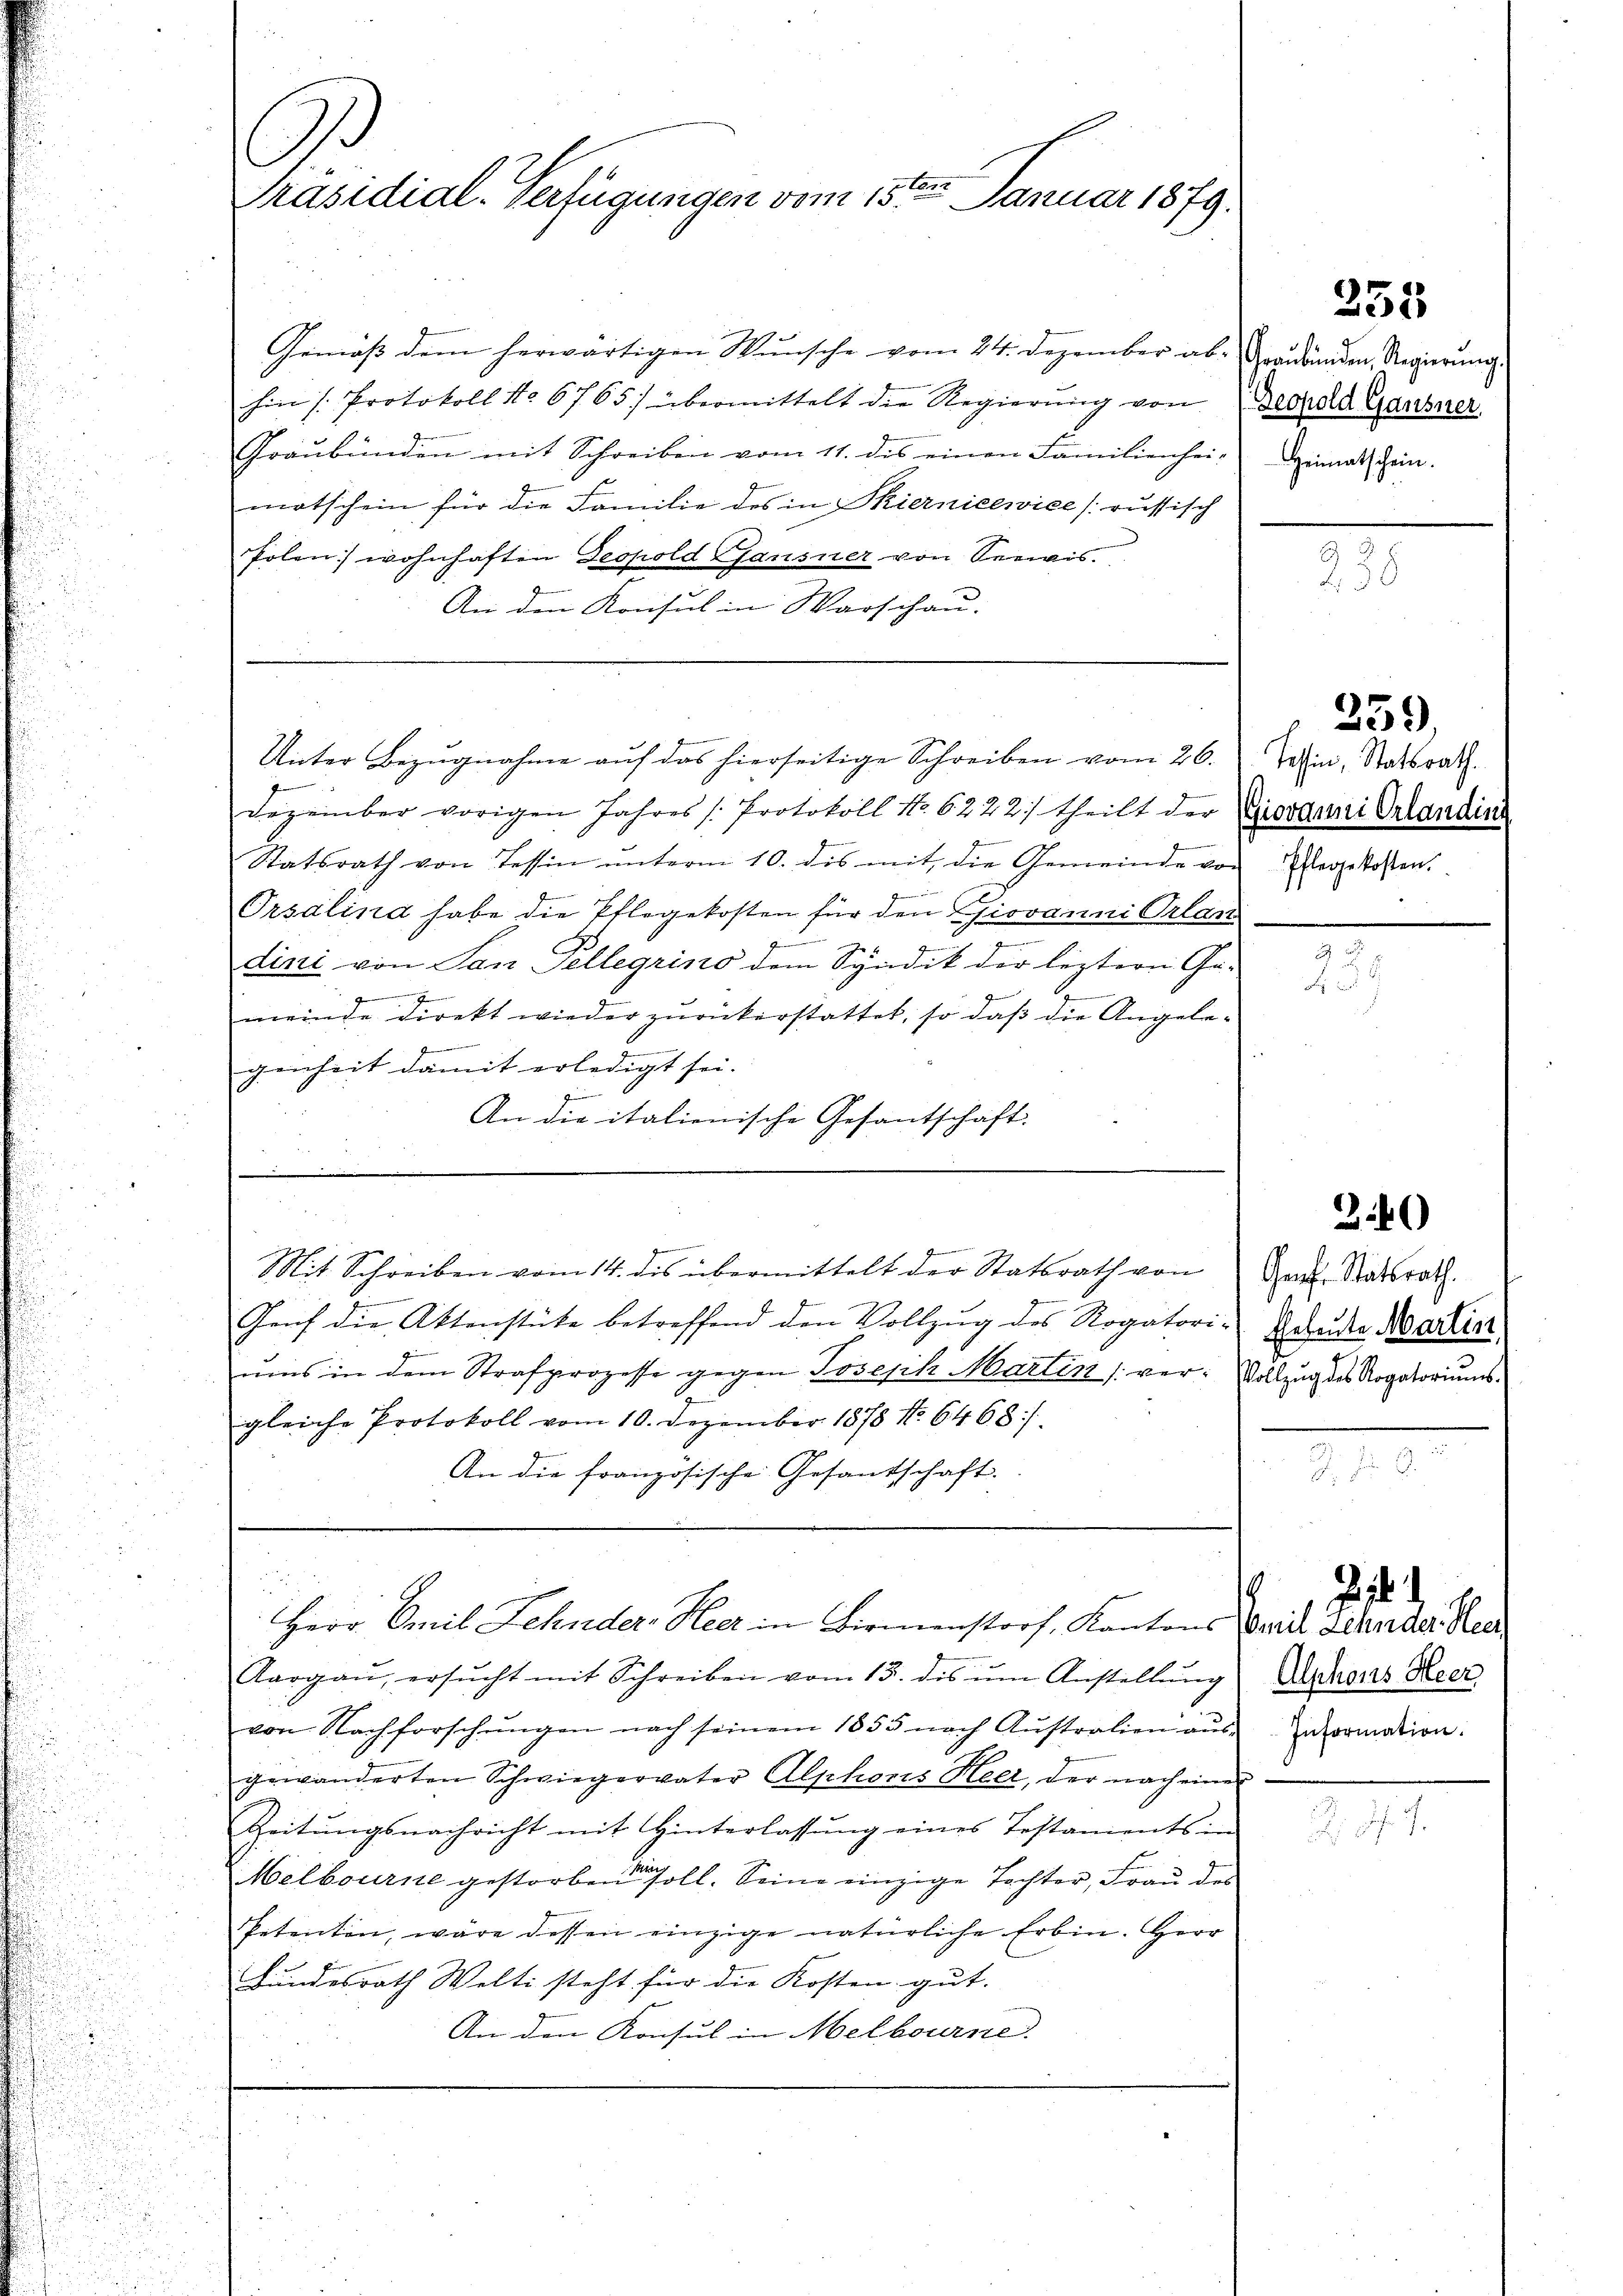
Präsidial-Verfügungen vom 15ten Januar 1879.

Gemäß dem herwärtigen Wunsche vom 24. Dezember ab. Graubünden, Regierung
hin s. Protokoll No 6765) übermittelt die Regierŭng von Gerold Gausner
Graubünden mit Schreiben vom 11. dis einen Familienhei-
motschein für die Familie des in Thiernicewice [russisch
Polen wohnhaften Geopold Pfausner von Seewis
An den Konsul in Warschau.

Dezember vorigen Jahres /: Protokoll No 6222/ theilt der Vorgani Orlandin
Statsrath von Tessin ŭnterm 10. des mit die Gemeinde von Elegetossen.
b
Prsalind habe die Pflegekosten für den Giovanni Orlan
n
dini von San Tellegrino dem Syndik der leztern Ge-
g
meinde direkt wieder zurückerstattet, so daß die Angele¬

E
genheit damit erledigt sei.
zune
An die italienische Gesantschaft.

Unter Bezugnahme auf das hierseitige Schreiben vom 26.

u
Mit Schreiben vom 14. des übermittelt der Statsrath von Hrn. Statsrath

Genf die Aktenstücke betreffend den Vollzug des Rogatori-Bruder Martier
ŭms in dem Strafprozesse gegen Joseph Martin (ver Vollzug des Rogatoriums
gleiche Protokoll vom 10. Dezember 1878 No 6468/
An die französische Gesantschaft.

Aargaŭ, ersŭcht mit Schreiben vom 15. dis ŭm Anstellŭng Achens Heer
von Nachforschŭngen nach seinem 1855 nach Aŭstralien aŭs-
gewänderten Schwiegervater Alphons Heer, der nach eines
Zeitŭngsnachricht mit Hinterlassŭng eines Testaments in
Melbourse gestorben soll. Seine einzige Tochter, Frau des
Petenten, wäre dessen einzige natürliche Erbin. Herr
Bundesrath Welti steht für die Kosten gut.
An den Konsul in Melbourne.

.
Herr Emil Lehnder, Heer in Birmenstorf, Kantons Weide Zehnder Rec

255

Heimatschein.

239.

Tessin, Statsrath.

240

Zi. 1
Information.

238